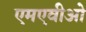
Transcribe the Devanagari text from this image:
एमएवीओ